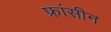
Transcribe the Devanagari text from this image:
फ्रांसीन